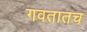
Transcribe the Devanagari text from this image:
गवतातच